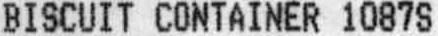
BISCUIT CONTAINER 1087S